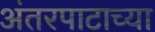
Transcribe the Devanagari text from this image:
अंतरपाटाच्या